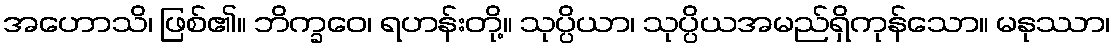
အဟောသိ၊ ဖြစ်၏။ ဘိက္ခဝေ၊ ရဟန်းတို့။ သုပ္ပိယာ၊ သုပ္ပိယအမည်ရှိကုန်သော။ မနုဿာ၊